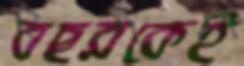
বছরকেই